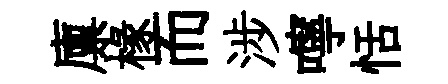
廪椽而涉嚀恬